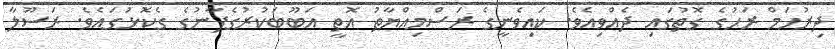
ދިރުހަމް ރަހުގެ ގޮތުގައި ދެއްވިއެވެ. ކައިވެނީގެ ރަސްމިއްޔާތު އޮތީ އަބޫބަކުރުގެފާނުގެ ގެކޮޅުގައެވެ. ރަސޫލާ